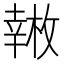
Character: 𱜿